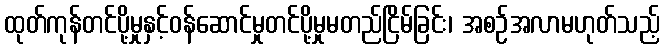
ထုတ်ကုန်တင်ပို့မှုနှင့်ဝန်ဆောင်မှုတင်ပို့မှုမတည်ငြိမ်ခြင်း၊ အစဉ်အလာမဟုတ်သည့်